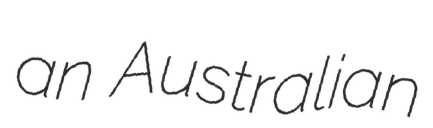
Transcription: an Australian